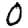
Digit: 0